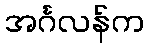
အင်္ဂလန်က